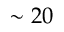
\sim 2 0